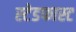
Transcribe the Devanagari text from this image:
स्टेडफास्ट